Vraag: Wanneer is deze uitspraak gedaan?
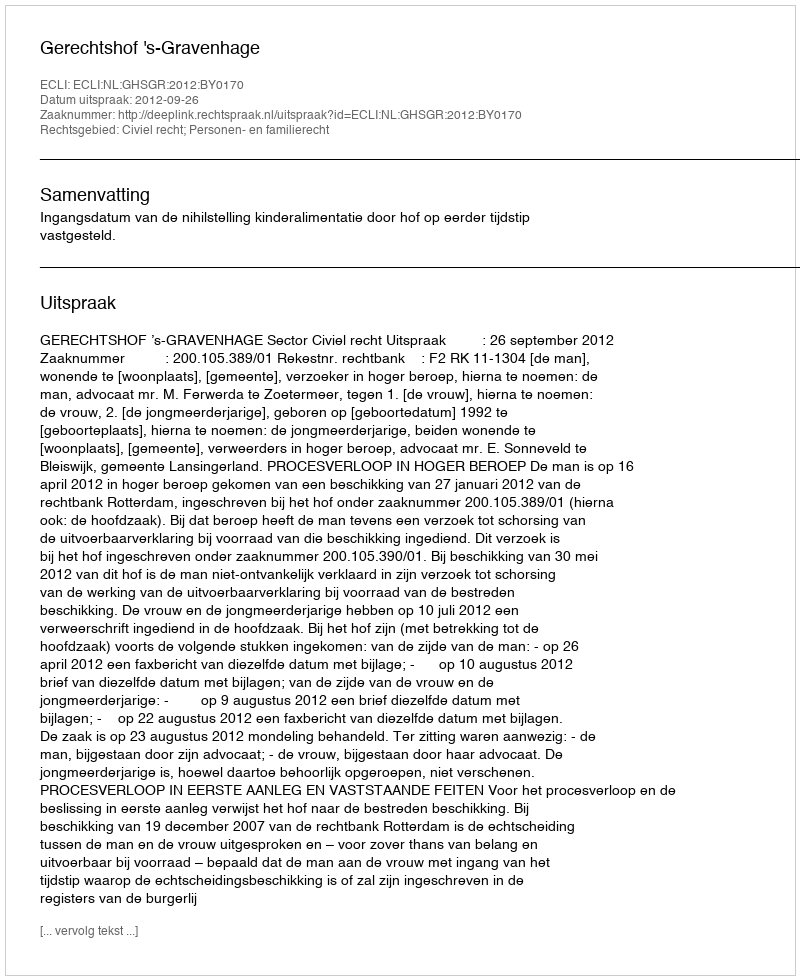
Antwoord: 2012-09-26